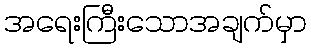
အရေးကြီးသောအချက်မှာ